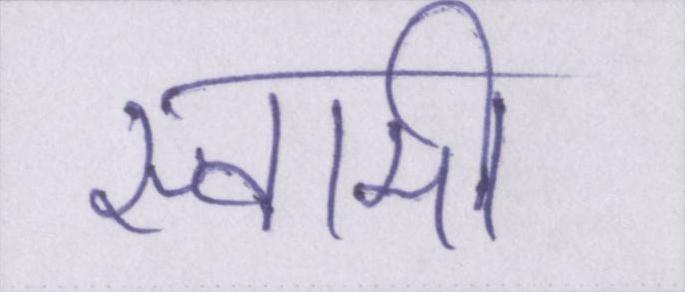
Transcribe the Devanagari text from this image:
स्वामी